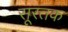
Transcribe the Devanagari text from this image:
सूरतक